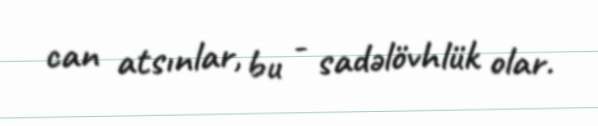
can atsınlar, bu - sadəlövhlük olar.